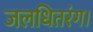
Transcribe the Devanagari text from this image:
जलधितरंग।